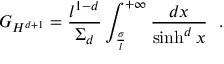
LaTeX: G _ { H ^ { d + 1 } } = { \frac { l ^ { 1 - d } } { \Sigma _ { d } } } \int _ { \frac { \sigma } { l } } ^ { + \infty } { \frac { d x } { \sinh ^ { d } x } } ~ ~ .